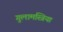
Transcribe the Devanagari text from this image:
गुलामस्त्रिया